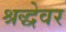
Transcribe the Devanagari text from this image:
श्रद्धेवर